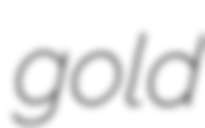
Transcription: gold